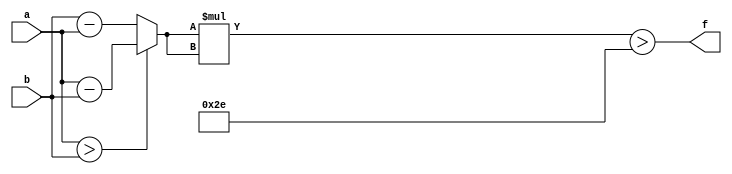
module maxse_mit(a, b, f);
parameter _bit = 8;
parameter maxse = 46;
input [_bit - 1: 0] a;
input [_bit - 1: 0] b;
output f;
wire [_bit - 1: 0] diff;
wire [_bit * 2 - 1: 0] se;
assign diff = (a > b)? (a - b): (b - a);
assign se = diff * diff;
assign f = (se > maxse);
endmodule